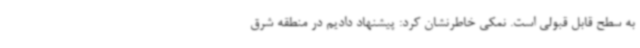
به سطح قابل قبولی است. نمکی خاطرنشان کرد: پیشنهاد دادیم در منطقه شرق